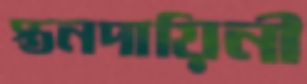
স্তনদায়িনী